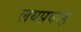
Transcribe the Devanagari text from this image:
लयप्रवाह